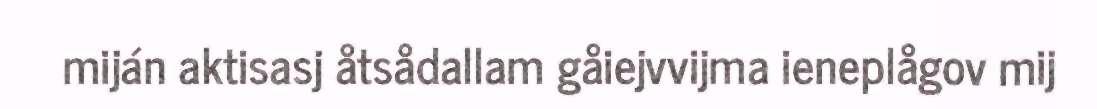
miján aktisasj åtsådallam gåiejvvijma ieneplågov mij